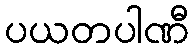
ပယတပါဏီ